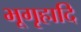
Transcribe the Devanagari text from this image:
भूगृहादि